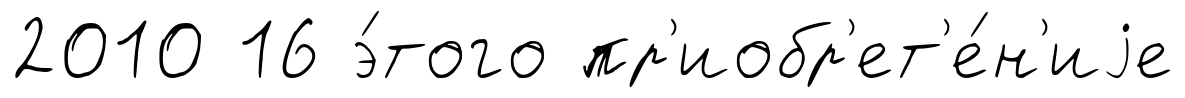
2010 16 э́того пр'иобр'ет'е́н'иjе